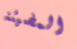
المضيئة